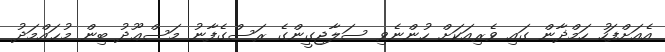
އެއަށްފަހު ހަމްޛާން ގައި ވެރިއަކަށް ހުންނެވި ސަލާޖިގީންގެ ރަސްގެފާނު މަސްޢޫދު ބިން މުޙައްމަދު